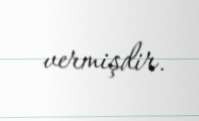
vermişdir.